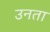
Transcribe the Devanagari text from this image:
उनता